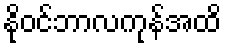
နိုဝင်ဘာလကုန်အထိ